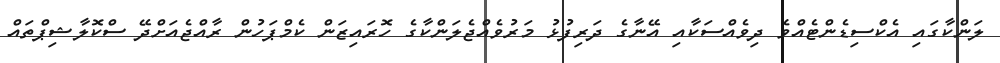
ލަންކާގައި އެކްސިޑެންޓެއްވެ ދިވެއްސަކާއި އޭނާގެ ދަރިފުޅު މަރުވެއްޖެލަންކާގެ ހޮރައިޒަން ކެމްޕަހުން ރާއްޖެއަށްދޭ ސްކޮލާޝިޕްތައް